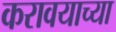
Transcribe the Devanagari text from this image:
करावयाच्‍या